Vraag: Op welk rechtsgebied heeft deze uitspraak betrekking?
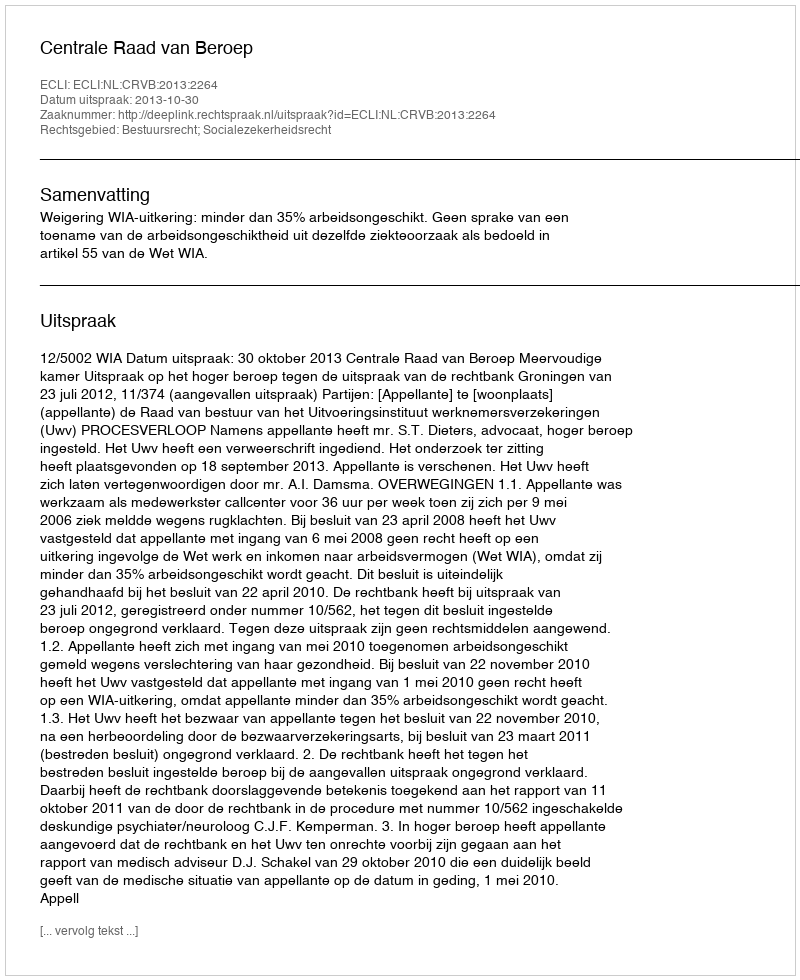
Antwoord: Bestuursrecht; Socialezekerheidsrecht